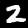
Digit: 2